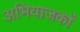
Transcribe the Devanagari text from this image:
अभियाजकों